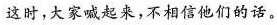
这时，大家喊起来，不相信他们的话。